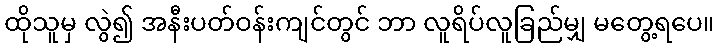
ထိုသူမှ လွဲ၍ အနီးပတ်ဝန်းကျင်တွင် ဘာ လူရိပ်လူခြည်မျှ မတွေ့ရပေ။